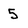
Character: 5